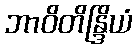
ဘာဝိတိန္ဒြိယံ